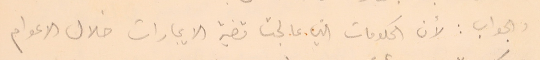
والجواب: لأن الحكومات التي ما عالجت قضية الايجارات خلال الاعوام